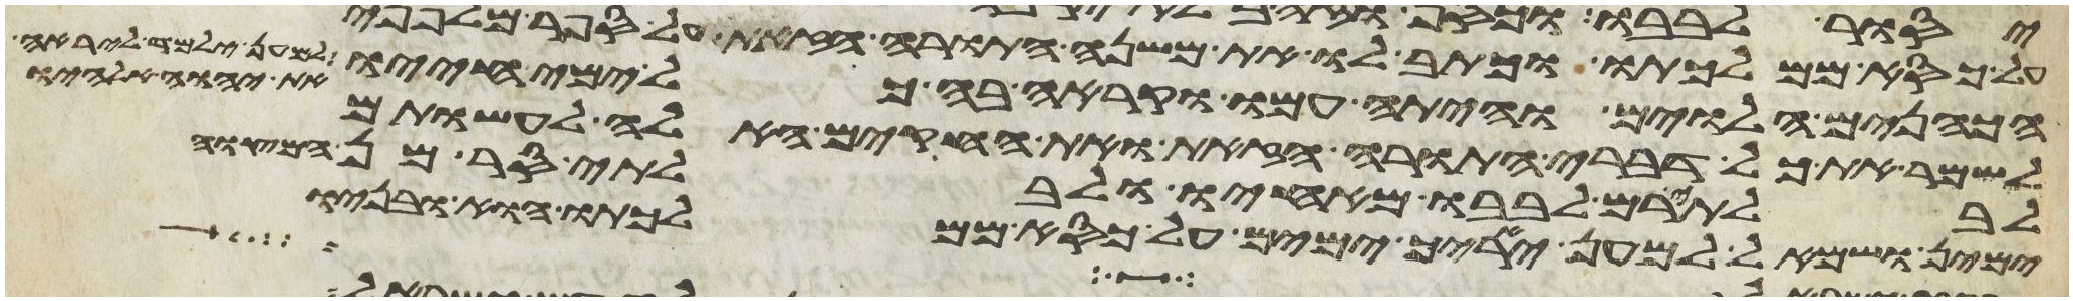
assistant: הכהנים הלוים והיתה עמו וקרא בה כל ימי חייו למען ילמד ליראה
את יהוה אלהיו
לשמר את כל דברי התורה הזאת ואת החקים האלה לעשותם
לבלתי רם לבבו מאחיו ולבלתי סר מן המצוה
ימין ושמאל למען יאריך ימים על כסא ממלכתו הוא ובניו